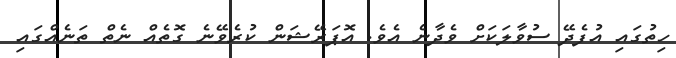
ހިތުގައި އުފެދޭ ސުވާލަކަށް ވެދާނެ އެވެ. އޮޕަރޭޝަން ކުރެވޭނެ ގޮތެއް ނެތް ތަނެއްގައި